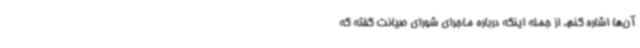
آن‌ها اشاره کنم. از جمله اینکه درباره ماجرای شورای صیانت گفته‌ که